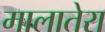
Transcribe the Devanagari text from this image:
मालातेरा